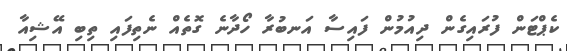
ކެޕްޓަން ފުރައިގެން ދިއުމުން ފައިސާ އަނބުރާ ހޯދާނެ ގޮތެއް ނެތިފައި ތިބި އޭޝިއާ